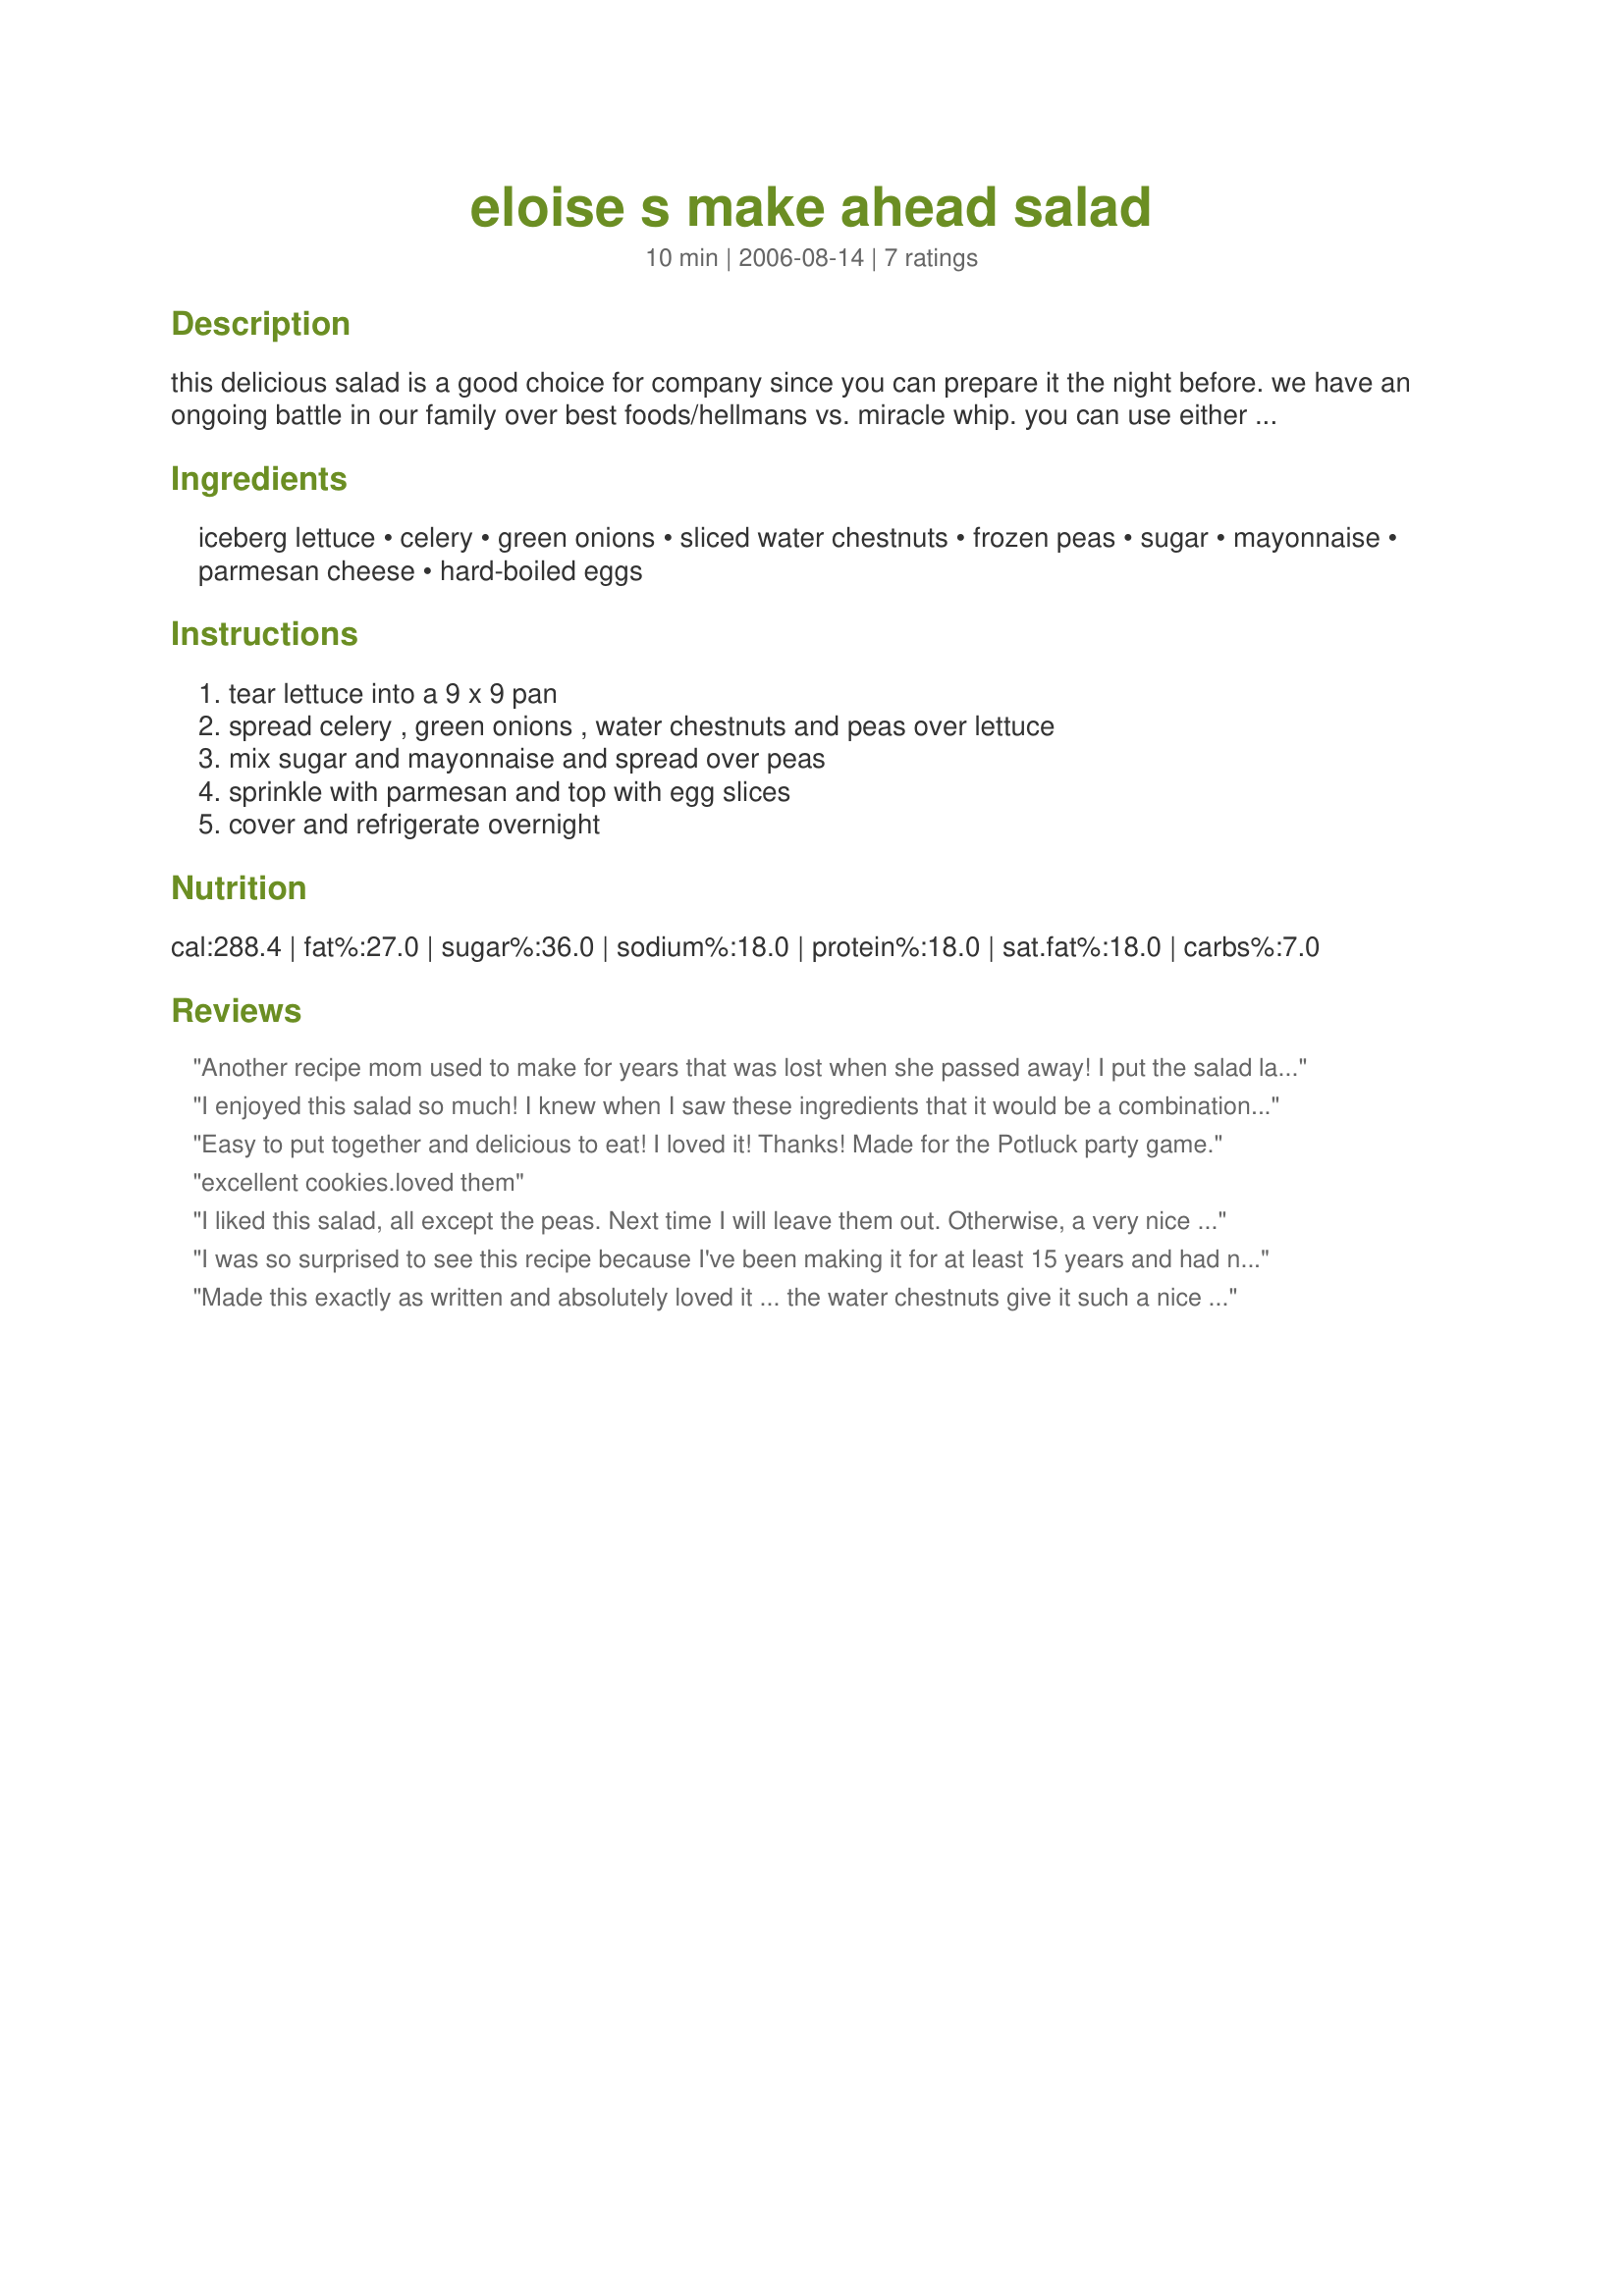
eloise s make ahead salad
Preparation time: 10 minutes

this delicious salad is a good choice for company since you can prepare it the night before. we have an ongoing battle in our family over best foods/hellmans vs. miracle whip. you can use either here. recipe is from my aunt eloise.

Ingredients:
iceberg lettuce, celery, green onions, sliced water chestnuts, frozen peas, sugar, mayonnaise, parmesan cheese, hard-boiled eggs

Steps:
tear lettuce into a 9 x 9 pan, spread celery , green onions , water chestnuts and peas over lettuce, mix sugar and mayonnaise and spread over peas, sprinkle with parmesan and top with egg slices, cover and refrigerate overnight

Reviews:
Another recipe mom used to make for years that was lost when she passed away! I put the salad layers in two bowls, one with Miracle Whip and one with mayonnaise. I did like the slightly more vinegary taste of the Miracle Whip more. (Could it be because mom used it?) My hubby liked the mayonnaise, so I guess it's a tie, and Im so happy i found it in the San Diego swap!
I enjoyed this salad so much! I knew when I saw these ingredients that it would be a combination I would enjoy. It is so nice to have a make ahead salad that you can count on for those summertime gatherings coming up and this is a good one! Thank you so much, puppitypup! .........and by the way, my vote is for Hellman's ;)
Easy to put together and delicious to eat! I loved it! Thanks! Made for the Potluck party game.
excellent cookies.loved them
I liked this salad, all except the peas. Next time I will leave them out. Otherwise, a very nice dish. I also sprinkled paprika on top for garnish.
I was so surprised to see this recipe because I've been making it for at least 15 years and had never seen it anywhere. Most layered salads have grated cheddar cheese which doesn't appeal to me. In re-reading this I realized that my recipe has crumbled bacon in it. Either way, it is delicious. It's called Scandinavian Layered Salad on my recipe.
Made this exactly as written and absolutely loved it ... the water chestnuts give it such a nice crunch. Will make this again and again!
